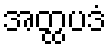
အတ္ထပဒံ